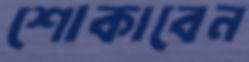
শোকাবেন